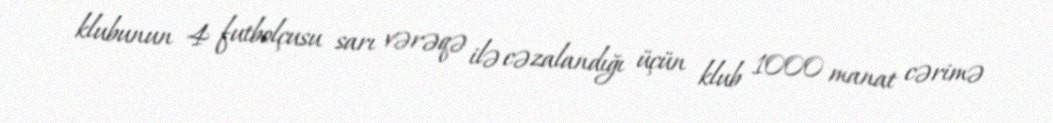
klubunun 4 futbolçusu sarı vərəqə ilə cəzalandığı üçün klub 1000 manat cərimə